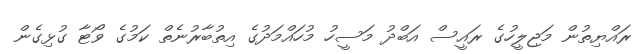
ރައްޔިތުން މަޖިލީހުގެ ރައީސް އަބްދު މަސީހު މުހައްމަދުގެ އިތުބާރުނެތް ކަމުގެ ވޯޓާ ގުޅިގެން